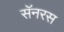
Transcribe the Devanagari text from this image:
सॅनरस